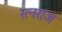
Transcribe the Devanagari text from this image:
रत्नराज